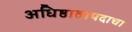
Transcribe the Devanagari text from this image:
अधिष्ठातापदाचा